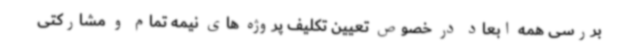
بررسی همه ابعاد در خصوص تعیین تکلیف پروژه های نیمه تمام و مشارکتی